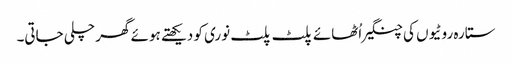
ستارہ روٹیوں کی چنگیراُٹھائے پلٹ پلٹ نوری کو دیکھتے ہوئے گھر چلی جاتی۔